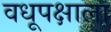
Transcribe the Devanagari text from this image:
वधूपक्षाला